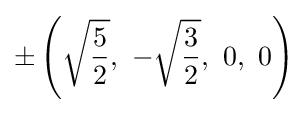
\pm \left({\sqrt {\frac {5}{2}}},\ -{\sqrt {\frac {3}{2}}},\ 0,\ 0\right)